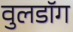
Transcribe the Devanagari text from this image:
वुलडॉग